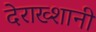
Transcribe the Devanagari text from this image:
देराख्शानी